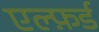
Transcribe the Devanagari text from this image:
एल्फ़र्ड